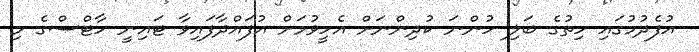
އުފެދުމުގައި ހިތުގެ ބަލި ހުންނަ ކުދިންނަށް އެހީވުމަށް އުފައްދާފައިވާ ޓައިނީ ހާޓްސްގެ މި